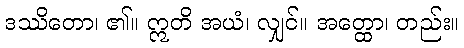
ဒဿိတော၊ ၏။ ဣတိ အယံ၊ လျှင်။ အတ္ထော၊ တည်း။